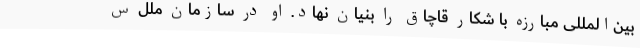
بین‌المللی مبارزه با شکار قاچاق را بنیان نهاد. او در سازمان ملل س